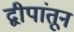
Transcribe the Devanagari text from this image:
द्वीपांतून